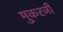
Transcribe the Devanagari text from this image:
मुकरजी